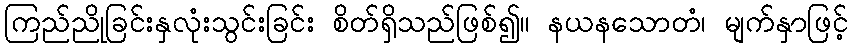
ကြည်ညိုခြင်းနှလုံးသွင်းခြင်း စိတ်ရှိသည်ဖြစ်၍။ နယနသောတံ၊ မျက်နှာဖြင့်